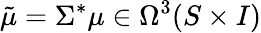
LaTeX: {\tilde{\mu}}=\Sigma^{*}\mu\in\Omega^{3}(S\times I)